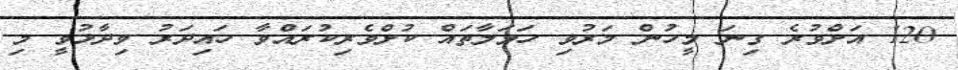
120 އަށްވުރެ ގިނަ މީހުން މަރުވި ހަމަލާތައް ކުށްވެރިކުރައްވާ ހައިދަރު ވިދާޅުވީ މި